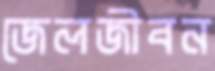
জেলজীবন